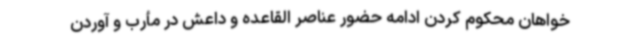
خواهان محکوم کردن ادامه حضور عناصر القاعده و داعش در مأرب و آوردن